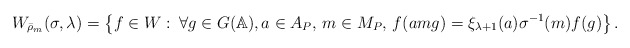
\begin{align*} W_{\bar{\rho}_m}(\sigma,\lambda) = \left\{ f\in W:\: \forall g\in G(\mathbb{A}), a\in A_P,\, m\in M_P,\, f(amg) = \xi_{\lambda+1}(a)\sigma^{-1}(m)f(g) \right\}.\end{align*}